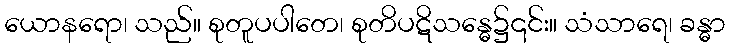
ယောနရော၊ သည်။ စုတူပပါတေ၊ စုတိပဋိသန္ဓေ၌၎င်း။ သံသာရေ၊ ခန္ဓာ